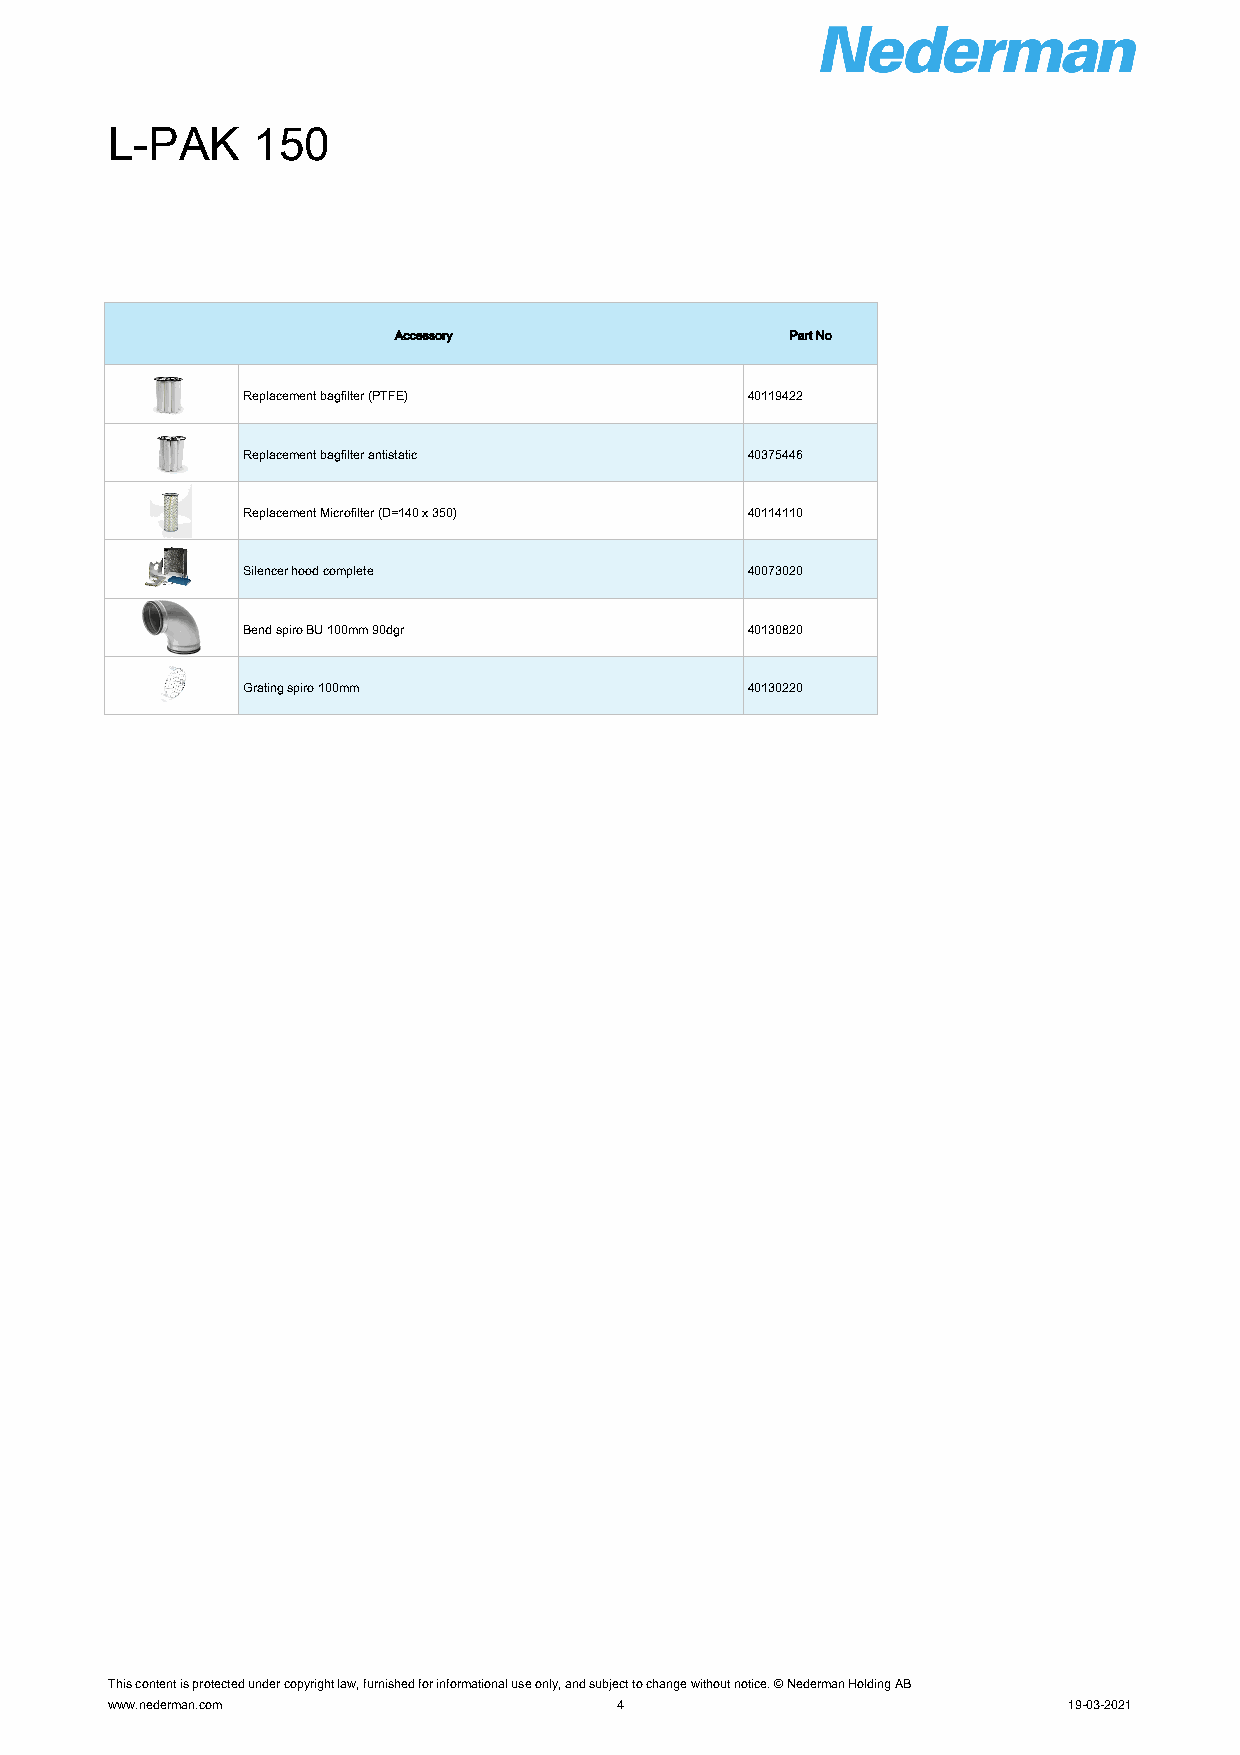
L-PAK     150
 Accessory                 Part No
 Replacement bagfilter (PTFE)     40119422
 Replacement bagfilter antistatic 40375446
 Replacement Microfilter (D=140 x 350) 40114110
 Silencer hood complete           40073020
 Bend spiro BU 100mm 90dgr        40130820
 Grating spiro 100mm              40130220
 This content is protected under copyright law, furnished for informational use only, and subject to change without notice. © Nederman Holding AB
 www.nederman.com                  4                             19-03-2021